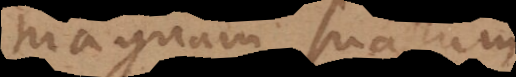
magnam suarum